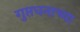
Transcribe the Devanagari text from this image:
गुप्तधनाच्या